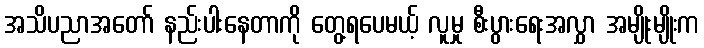
အသိပညာအတော် နည်းပါးနေတာကို တွေ့ရပေမယ့် လူမှု စီးပွားရေးအလွှာ အမျိုးမျိုးက